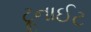
ટૂનાઈટ